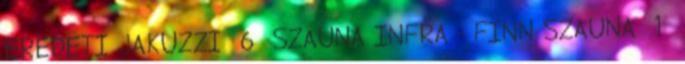
EREDETI JAKUZZI 6 SZAUNA INFRA - FINN SZAUNA 1